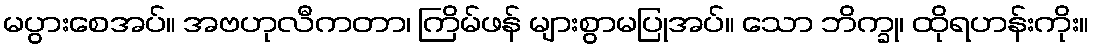
မပွားစေအပ်။ အဗဟုလီကတာ၊ ကြိမ်ဖန် များစွာမပြုအပ်။ သော ဘိက္ခု၊ ထိုရဟန်းကိုး။